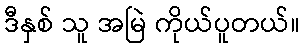
ဒီနှစ် သူ အမြဲ ကိုယ်ပူတယ်။